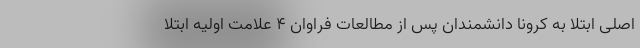
اصلی ابتلا به کرونا دانشمندان پس از مطالعات فراوان ۴ علامت اولیه ابتلا